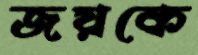
জয়কে